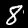
Digit: 8